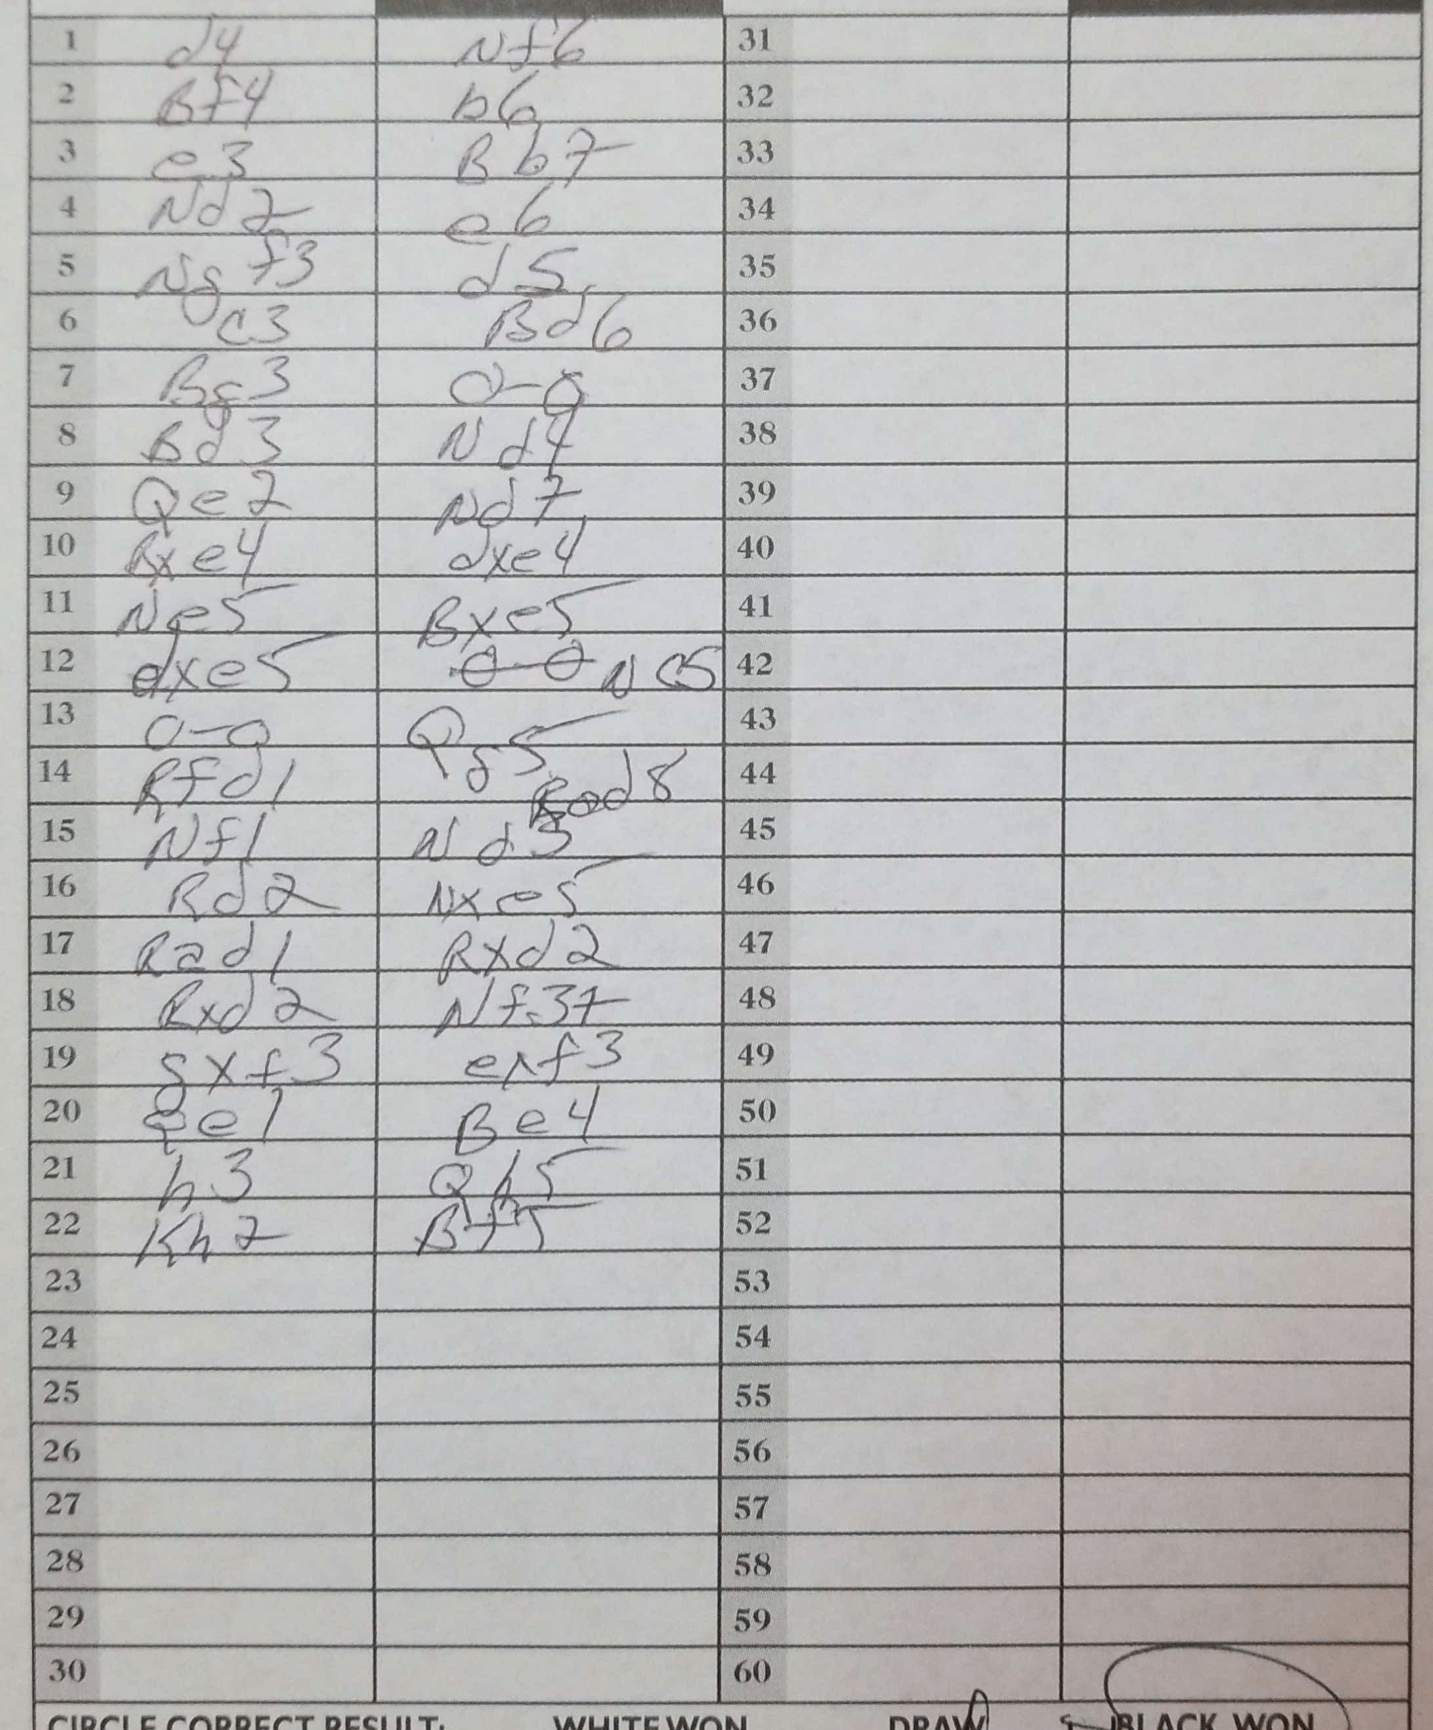
Moves: d4 Nf6 Bf4 b6 e3 Bb7 Nd2 e6 Ngf3 d5 c3 Bd6 Bg3 O-O Bd3 Nd4 Qe2 Nd7 Bxe4 dxe4 Ne5 Bxe5 dxe5 Nc5 O-O Qg5 Rfd1 Rad8 Nf1 Nd3 Rd2 Nxe5 Rad1 Rxd2 Rxd2 Nf3+ gxf3 exf3 Qe1 Be4 h3 Qh5 Kh2 Bf5